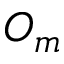
O _ { m }